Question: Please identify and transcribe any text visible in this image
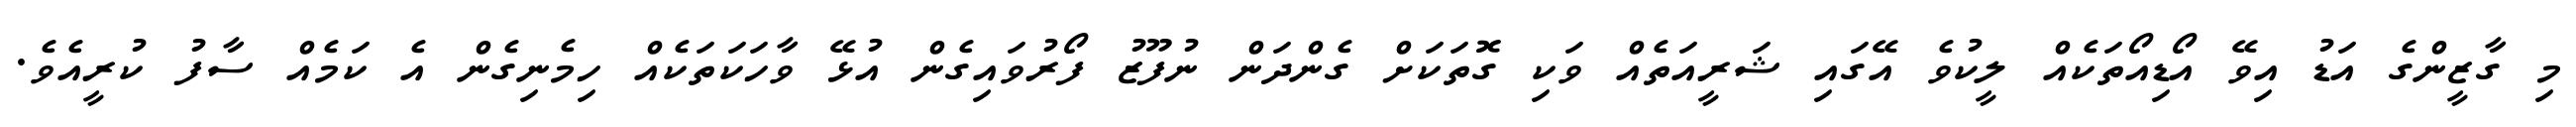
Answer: މި ގާޒީންގެ އަޑު އިވޭ އޯޑިއޯތަކެއް ލީކުވެ އޭގައި ޝަރީއަތެއް ވަކި ގޮތަކަށް ގެންދަން ނުފޫޒު ފޯރުވައިގެން އުޅޭ ވާހަކަތަކެއް ހިމެނިގެން އެ ކަމެއް ސާފު ކުރީއެވެ.